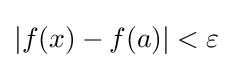
|f(x)-f(a)|<\varepsilon